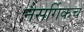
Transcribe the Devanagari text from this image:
नैसर्गिकच